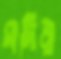
সাদিরা